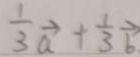
\frac { 1 } { 3 } \overrightarrow { a } + \frac { 1 } { 3 } \overrightarrow { b }